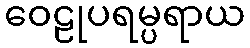
ဝေဠုပရမ္ပရာယ